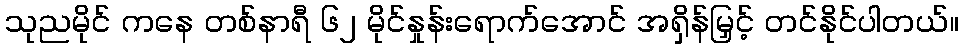
သုညမိုင် ကနေ တစ်နာရီ ၆၂ မိုင်နှုန်းရောက်အောင် အရှိန်မြှင့် တင်နိုင်ပါတယ်။